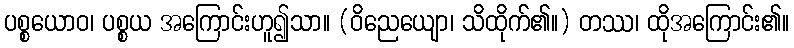
ပစ္စယောဝ၊ ပစ္စယ အကြောင်းဟူ၍သာ။ (ဝိညေယျော၊ သိထိုက်၏။) တဿ၊ ထိုအကြောင်း၏။